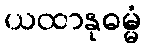
ယထာနုဓမ္မံ